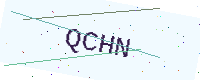
Text: QCHN